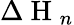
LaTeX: \Delta\mathrm{~H~}_{n}